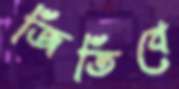
জিতিবে